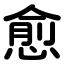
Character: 愈